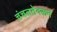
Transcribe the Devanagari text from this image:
चंचलतेवरून